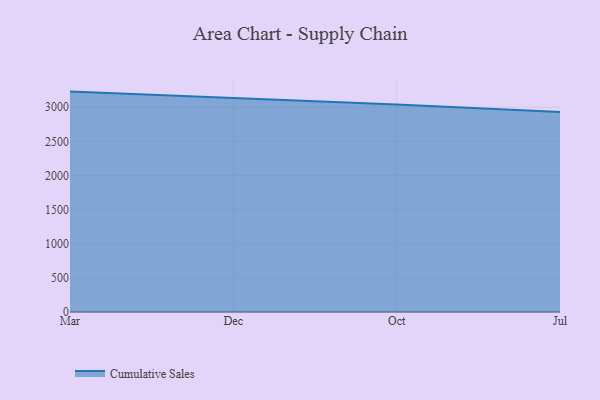
{"axis": {"x": "Month", "y": "Market Share (%)"}, "legend": ["Cumulative Sales"], "data": [{"x": "Mar", "y": 3229.7, "type": "Cumulative Sales"}, {"x": "Dec", "y": 3135.1, "type": "Cumulative Sales"}, {"x": "Oct", "y": 3042.1, "type": "Cumulative Sales"}, {"x": "Jul", "y": 2932.4, "type": "Cumulative Sales"}]}